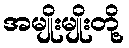
အမျိုးမျိုးတို့